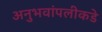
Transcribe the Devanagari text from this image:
अनुभवांपलीकडे